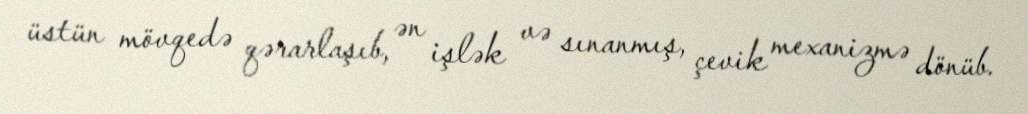
üstün mövqedə qərarlaşıb, ən işlək və sınanmış, çevik mexanizmə dönüb.